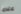
عندما